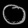
Digit: ၀